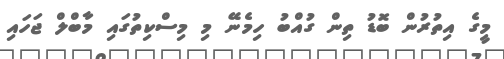
މީގެ އިތުރުން ބޮޑު ތިން ގުއްބު ހިމެނޭ މި މިސްކިތުގައި މާބްލް ޖަހައި